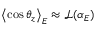
\left< \cos \theta _ { z } \right> _ { E } \approx \ensuremath { \mathcal { L } } ( \alpha _ { E } )